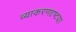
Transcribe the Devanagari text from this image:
व्याकरणदृष्टया